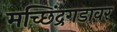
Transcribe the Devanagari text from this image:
मच्छिंद्रगडावर